Report of the Bombay Plague Committee
Disease focus: Plague
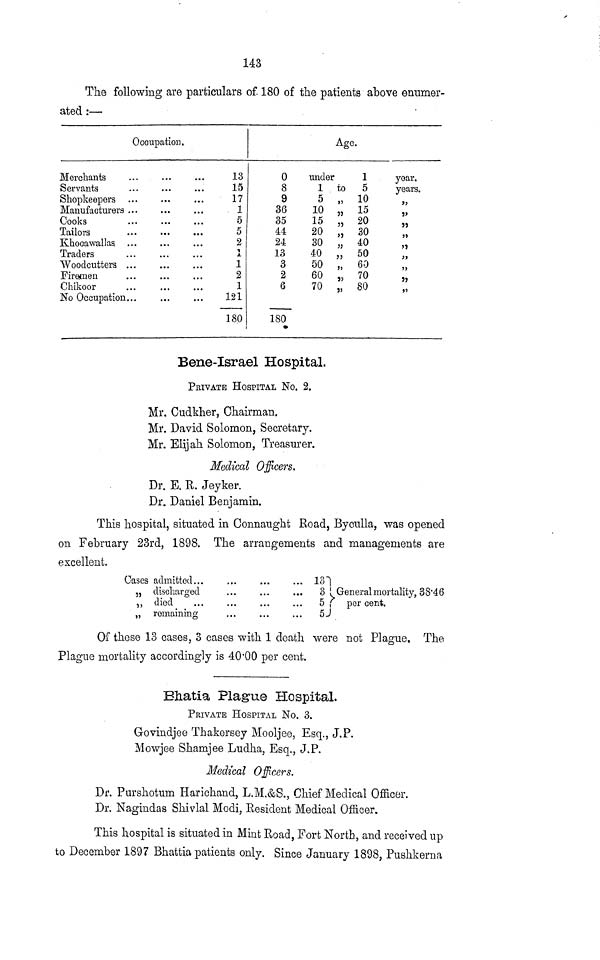
143
The following are particulars of. 180 of the patients above enumer-
ated :—-
Merchants
Servants
Shopkeepers
Manufacturers
Cooks
Tailors
Khocawallas
Traders
Woodcutters
Firemen
Chikoor
No Occupation
Occupation.
.
.
.
.
.
.
.
.
.
..
.
,
.
.
.
.
.
.
13
0
15
8
17
9
1
36
5
35
5
44
2
24
1
13
1
3
2
2
1
6
121
180
180
i
under
1
5
10
15
20
30
40
50
60
70
Age.
to
,,
,,
,,
,,
,,
,,
,,
,,
1
5
10
15
20
30
40
50
60
70
80
year.
years.
J5
J>
«
y 7
}>
}Ĵ
»
5»
7J
»5
Bene-Israel Hospital.
PRIVATE HOSPITAL No. 2.
Mr. Cudkher, Chairman.
Mr. David Solomon, Secretary.
Mr. Elijah Solomon, Treasurer.
Medical Officers.
Dr. E. R. Jeyker.
Dr. Daniel Benjamin.
This hospital, situated in Connaught Road, Byculla, was opened
on February 23rd, 1898. The arrangements and managements are
excellent.
Cases admitted ,.
j, discharged
,, died
„ remaining
...
...
...
...
...
...
13
3
5
5
General mortality, 38'46
per cent.
Of these 13 cases, 3 cases with 1 death were not Plague. The
Plague mortality accordingly is 40.00 per cent.
Bhatia Plague Hospital.
PBIVATE HOSPITAL No. 3.
Govindjee Thakersey Mooljee, Esq., J.P.
Mowjee Shamjee Ludha, Esq., J.P.
Medical Officers.
Dr. Purshotum Harichand, L.M.&S., Chief Medical Officer.
Dr. Nagindas Shivial Modi, Resident Medical Officer.
This hospital is situated in Mint Road, Fort North, and received up
to December 1897 Bhattia patients only. Since January 1898, Pushkerna